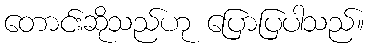
တောင်းဆိုသည်ဟု ပြောပြပါသည်။